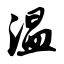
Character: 温